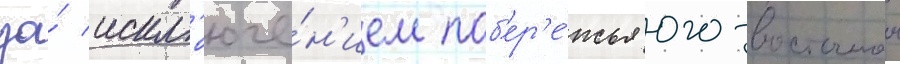
за́ искл'юче́н'ием поб'ер'е́жья юго-восточнои